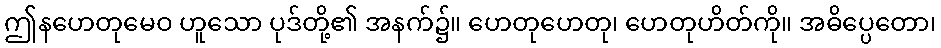
ဤနဟေတုမေဝ ဟူသော ပုဒ်တို့၏ အနက်၌။ ဟေတုဟေတု၊ ဟေတုဟိတ်ကို။ အဓိပ္ပေတော၊